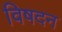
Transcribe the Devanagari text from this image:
विषदन